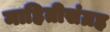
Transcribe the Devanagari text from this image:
माहितीसंग्रह